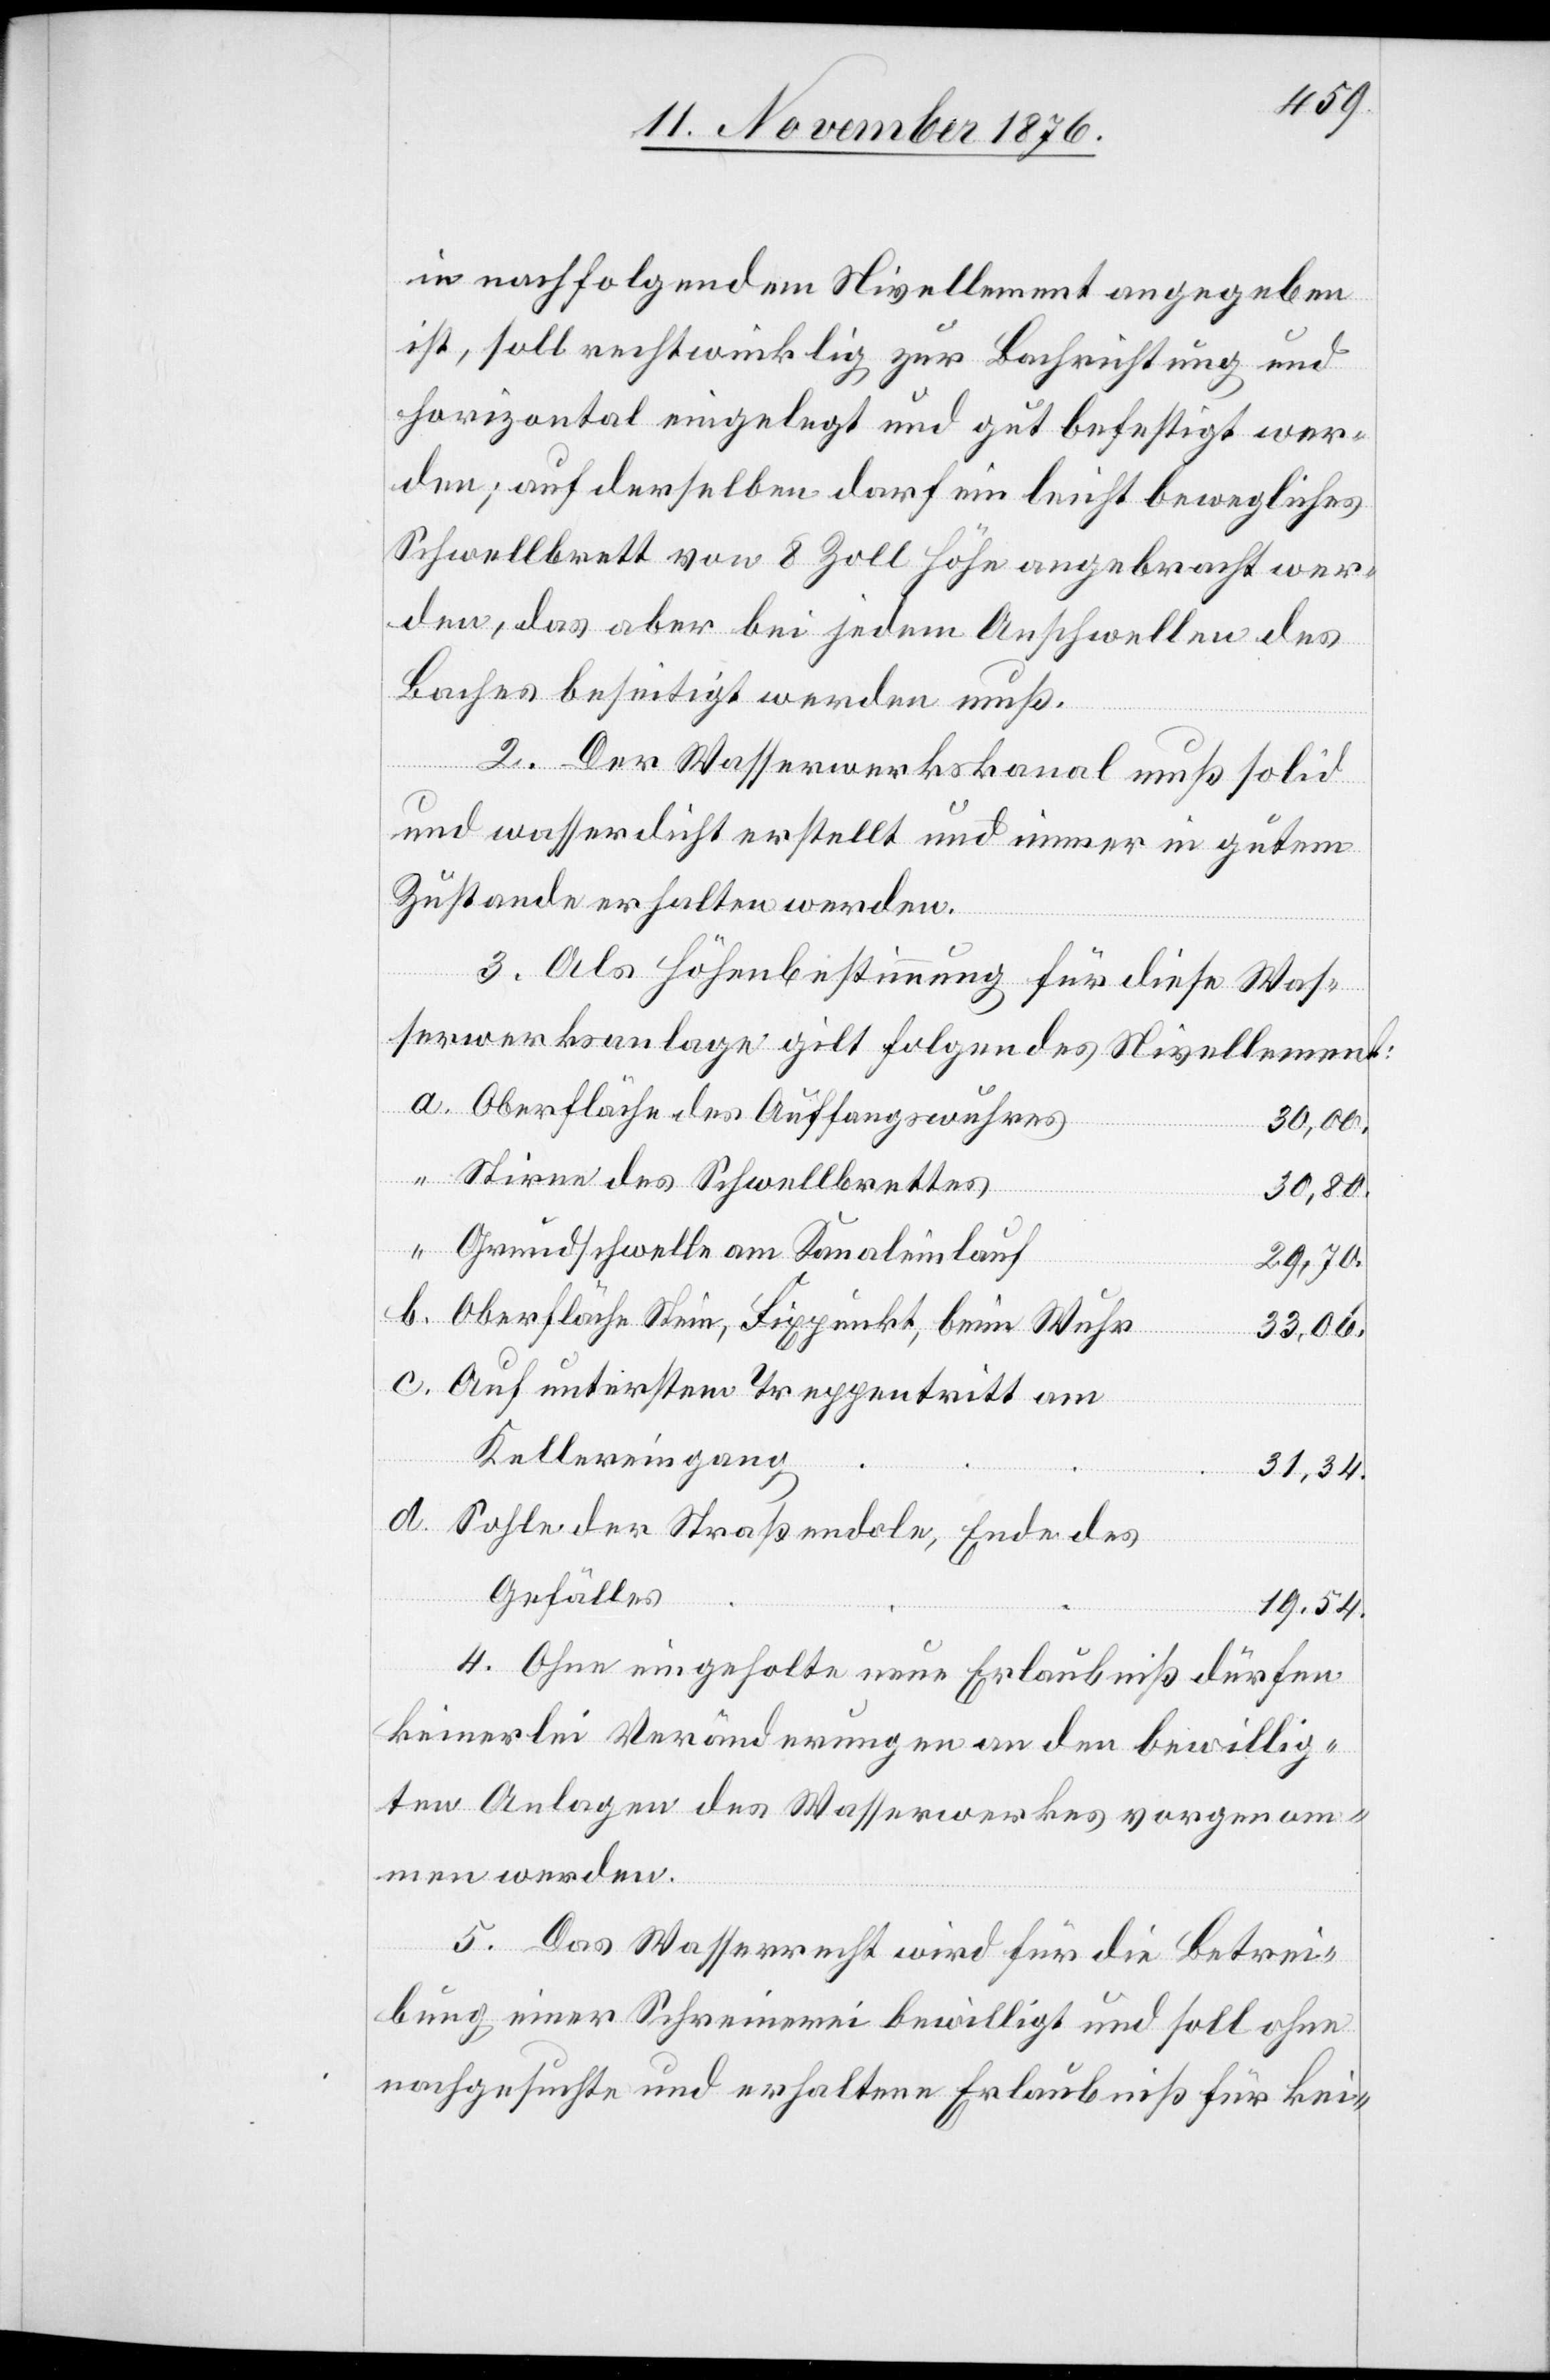
in nachfolgendem Nivellement angegeben
ist, soll rechtwinklig zur Bachrichtung und
horizontal eingelegt und gut befestig wer¬
den; auf derselben darf ein leicht bewegliches
Schwellbrett von 8 Zoll Höhe angebracht wer¬
den, das aber bei jedem Anschwellen des
Baches beseitigt werden muß.
2. Der Wasserwerkskanal muß solid
und wasserdicht erstellt und immer in gutem
Zustand erhalten werden.
3. Als Höhenbestimmung für diese Was¬
serwerksanlage gilt folgendes Nivellement:
Oberfläche des Auffangswuhres
30,00.
Stirne des Schwellbrettes
30,80.
Grundschwelle am Kanaleinlauf
29,70.
Oberfläche Stein, Fixpunkt, beim Wuhr
33,06.
Auf unterstem Treppentritt am
Kellereingang
31,34.
Sohle der Straßendole, Ende des
Gefälles
19,54.
4. Ohne eingeholte neue Erlaubniß dürfen
keinerlei Veränderungen an den bewillig¬
ten Anlagen des Wasserwerkes vorgenom¬
men werden.
5. Das Wasserrecht wird für die Betrei¬
bung einer Schreinerei bewilligt und soll ohne
nachgesuchte und erhaltene Erlaubniß für kei-